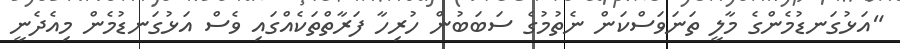
"އަޅުގަނޑުމެންގެ މާލީ ތަނަވަސްކަން ނެތުމުގެ ސަބަބުން ހުރިހާ ފަރާތްތަކެއްގައި ވެސް އަޅުގަނޑުމެން މިއެދެނީ